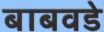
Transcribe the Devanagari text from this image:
बाबवडे